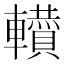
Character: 𨏘